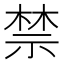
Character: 禁